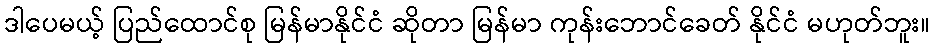
ဒါပေမယ့် ပြည်ထောင်စု မြန်မာနိုင်ငံ ဆိုတာ မြန်မာ ကုန်းဘောင်ခေတ် နိုင်ငံ မဟုတ်ဘူး။